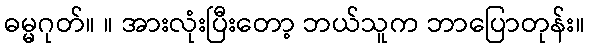
ဓမ္မဂုတ်။ ။ အားလုံးပြီးတော့ ဘယ်သူက ဘာပြောတုန်း။